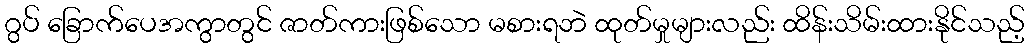
ဂွပ် ခြောက်ပေအကွာတွင် ဇာတ်ကားဖြစ်သော မစားရဘဲ ထုတ်မှုများလည်း ထိန်းသိမ်းထားနိုင်သည့်